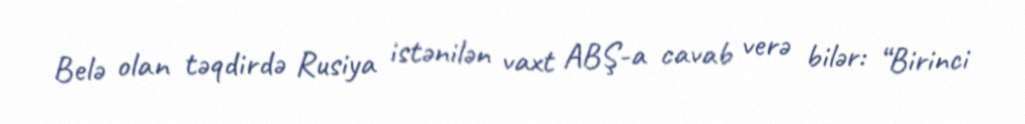
Belə olan təqdirdə Rusiya istənilən vaxt ABŞ-a cavab verə bilər: “Birinci